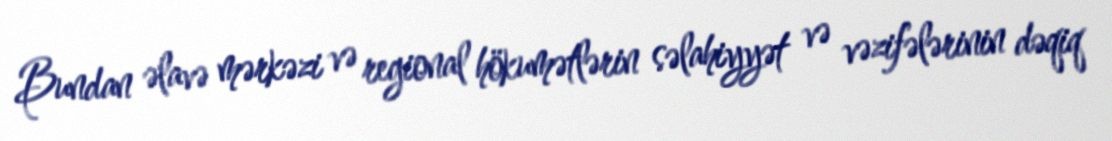
Bundan əlavə mərkəzi və regional hökumətlərin səlahiyyət və vəzifələrinin dəqiq